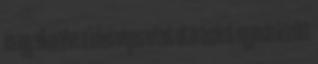
és így elkerülve a lehetséges nézet eltéréseket egymás között